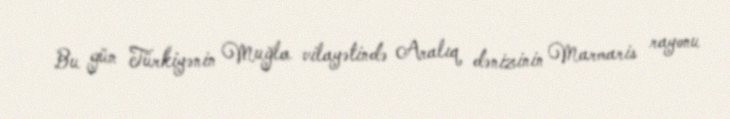
Bu gün Türkiyənin Muğla vilayətində Aralıq dənizinin Marmaris rayonu